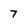
Character: 7